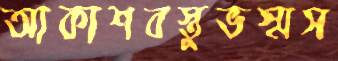
আকাশবস্তুভস্মস